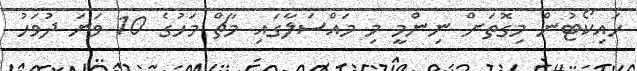
ހައިކޯޓުން މިގޮތަށް ނިންމީ މި މައްސަލާގައި މާޗް މަހުގެ 10 ވަނަ ދުވަހު